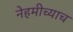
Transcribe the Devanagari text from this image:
नेहमीच्याच